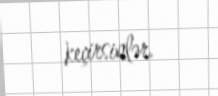
keçirsinlər.